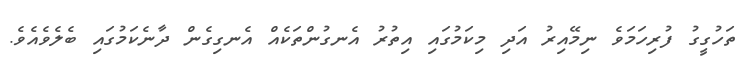
ތަހުގީގު ފުރިހަމަވެ ނިމޭއިރު އަދި މިކަމުގައި އިތުރު އެނގުންތަކެއް އެނގިގެން ދާނެކަމުގައި ބެލެވެއެވެ.